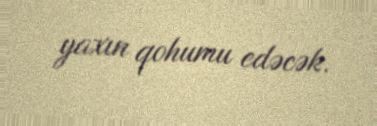
yaxın qohumu edəcək.